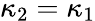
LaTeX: \kappa_{2}=\kappa_{1}